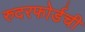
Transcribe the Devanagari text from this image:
रुदरफोर्डची